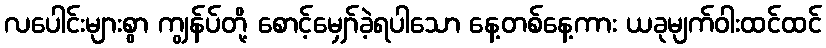
လပေါင်းများစွာ ကျွန်ပ်တို့ စောင့်မျှော်ခဲ့ရပါသော နေ့တစ်နေ့ကား ယခုမျက်ဝါးထင်ထင်